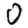
Digit: 0